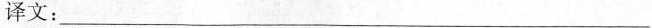
译文：___